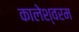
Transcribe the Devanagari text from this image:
कालेश्वरम